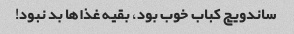
ساندویچ کباب خوب بود، بقیه غذا‌ها بد نبود!